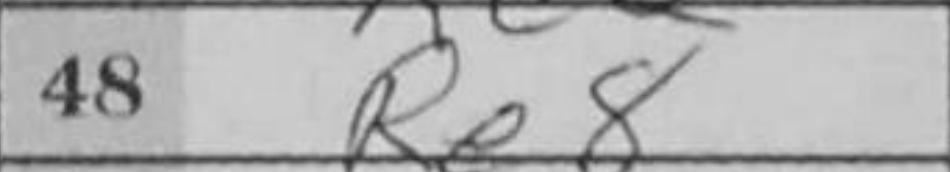
Transcription: Re8